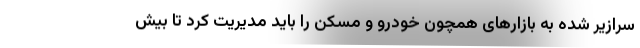
سرازیر شده به بازارهای همچون خودرو و مسکن را باید مدیریت کرد تا بیش